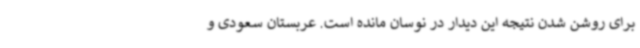
برای روشن شدن نتیجه این دیدار در نوسان مانده است. عربستان سعودی و